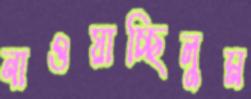
নাওয়াচ্ছিলুম